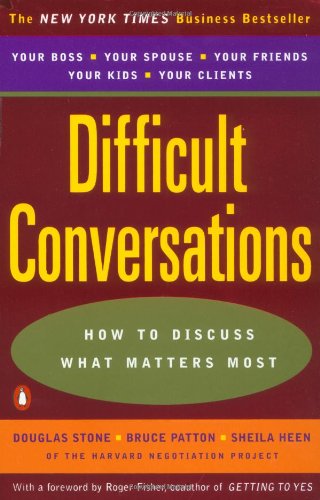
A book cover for Difficult Conversations: How to Discuss What Matters Most; Douglas Stone; Parenting & Relationships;